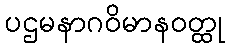
ပဌမနာဂဝိမာနဝတ္ထု